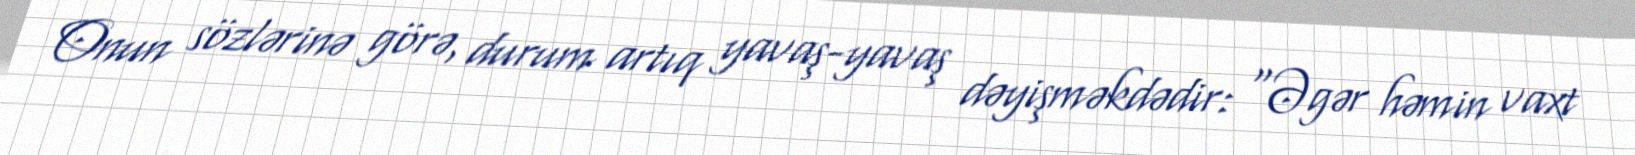
Onun sözlərinə görə, durum artıq yavaş-yavaş dəyişməkdədir: “Əgər həmin vaxt